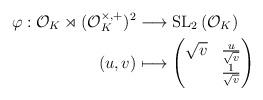
LaTeX: \begin{align*}\varphi:\mathcal{O}_{K}\rtimes(\mathcal{O}_{K}^{\times,+})^{2} &\longrightarrow\operatorname*{SL}\nolimits_{2}\left( \mathcal{O}_{K}\right)\\(u,v) & \longmapsto\begin{pmatrix}\sqrt{v} & \frac{u}{\sqrt{v}}\\& \frac{1}{\sqrt{v}}\end{pmatrix}\end{align*}